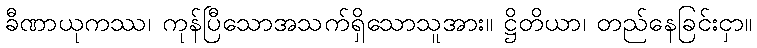
ခီဏာယုကဿ၊ ကုန်ပြီသောအသက်ရှိသောသူအား။ ဋ္ဌိတိယာ၊ တည်နေခြင်းငှာ။